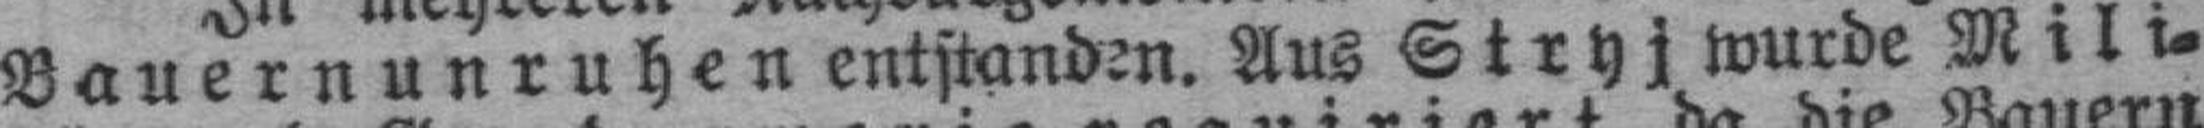
Bauernunruhen entstanden. Aus Stryj wurde Mili¬